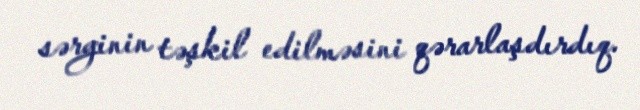
sərginin təşkil edilməsini qərarlaşdırdıq.